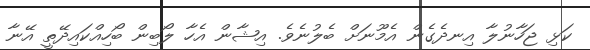
ކަޅި ޖަހާނުލާ އިނދެގެން އެމޫނަށް ބެލުނެވެ. އިޝާން އެހާ ލޯބިން ބޯހިއްކައިދޭތީ އޭނާ